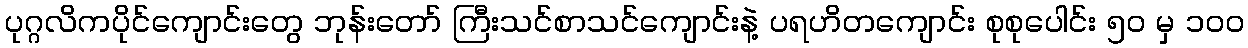
ပုဂ္ဂလိကပိုင်ကျောင်းတွေ ဘုန်းတော် ကြီးသင်စာသင်ကျောင်းနဲ့ ပရဟိတကျောင်း စုစုပေါင်း ၅၀ မှ ၁၀၀